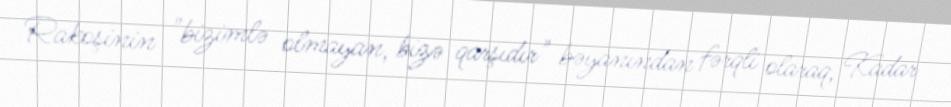
Rakoşinin "bizimlə olmayan, bizə qarşıdır" bəyanından fərqli olaraq, Kadar